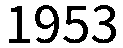
1953